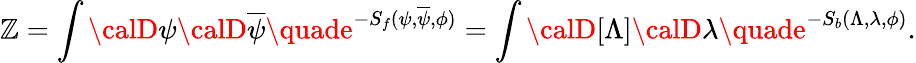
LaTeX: \mathbb{Z}=\int{\calD}\psi{\calD}\overline{{{\psi}}}\quade^{-S_{f}(\psi,\overline{{{\psi}}},\phi)}=\int{\calD}[\Lambda]{\calD}\lambda\quade^{-S_{b}(\Lambda,\lambda,\phi)}.